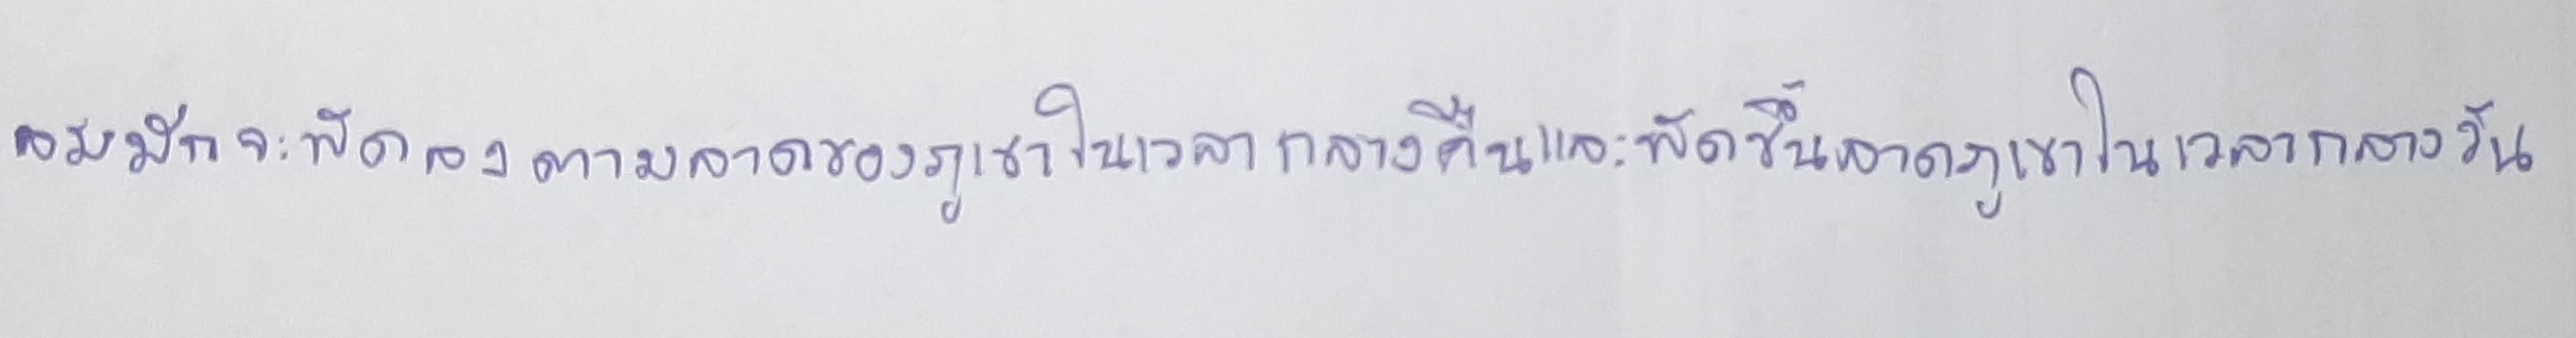
ลมมักจะพัดลงตามลาดของภูเขาในเวลากลางคืนและพัดขึ้นลาดภูเขาในเวลากลางวัน